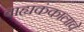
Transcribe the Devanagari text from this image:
बाह्यकंकालाचे